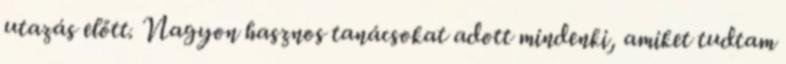
utazás előtt. Nagyon hasznos tanácsokat adott mindenki, amiket tudtam